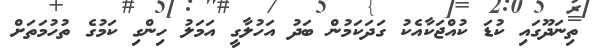
ތިނަދޫގައި ކުޑަ ކުއްޖަކާއެކު ގަދަކަމުން ބަދު އަހުލާގީ އަމަލު ހިންގި ކަމުގެ ތުހުމަތަށް